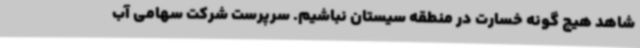
شاهد هیچ گونه خسارت در منطقه سیستان نباشیم. سرپرست شرکت سهامی آب